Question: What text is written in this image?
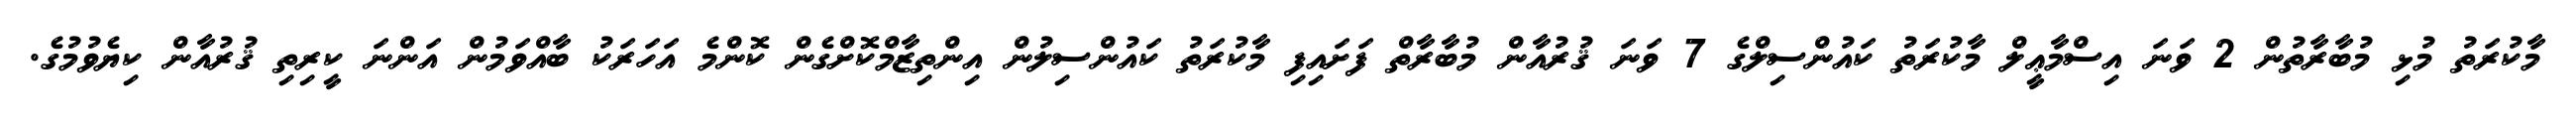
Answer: މާކުރަތު މުޅި މުބާރާތުން 2 ވަނަ އިސްމާޢީލް މާކުރަތު ކައުންސިލްގެ 7 ވަނަ ޤުރުއާން މުބާރާތް ފަށައިފި މާކުރަތު ކައުންސިލުން އިންތިޒާމްކޮށްގެން ކޮންމެ އަހަރަކު ބާއްވަމުން އަންނަ ކީރިތި ޤުރުއާން ކިޔެވުމުގެ.